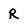
Character: R